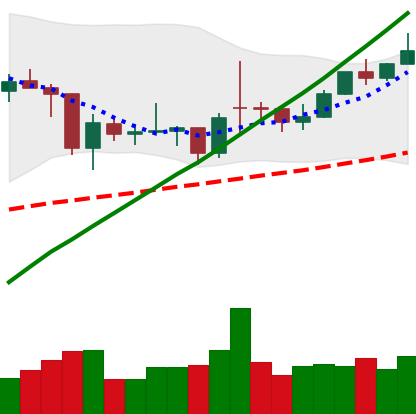
Ticker: BTC-USD
Chart end date: 2021-02-06
Forward return: 22.012%
Label: up_7plus